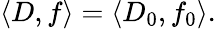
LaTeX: \left\langle D,f\right\rangle=\left\langle D_{0},f_{0}\right\rangle.